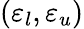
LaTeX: (\varepsilon_{l},\varepsilon_{u})